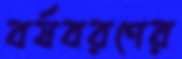
বর্ষবরণের